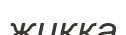
жикка